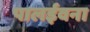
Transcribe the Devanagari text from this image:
पालईवना